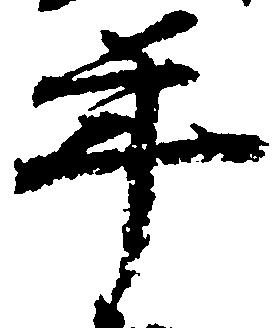
年